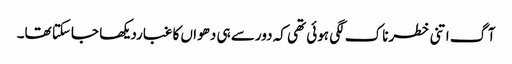
آگ اتنی خطرناک لگی ہوئی تھی کہ دورسے ہی دھواں کا غباردیکھا جاسکتا تھا۔